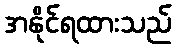
အနိုင်ရထားသည်